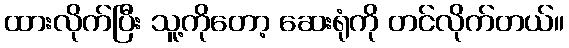
ထားလိုက်ပြီး သူ့ကိုတော့ ဆေးရုံကို တင်လိုက်တယ်။